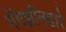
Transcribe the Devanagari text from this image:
मॅगझीनद्वारे